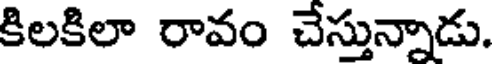
కిలకిలా రావం చేస్తున్నాడు.